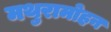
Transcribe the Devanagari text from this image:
मथुरामोहन